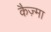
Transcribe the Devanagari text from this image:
कैज़्मा